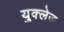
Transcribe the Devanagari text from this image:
युक्लेज